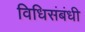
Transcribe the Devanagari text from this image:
विधिसंबंधी